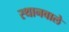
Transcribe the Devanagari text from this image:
स्थानवाले